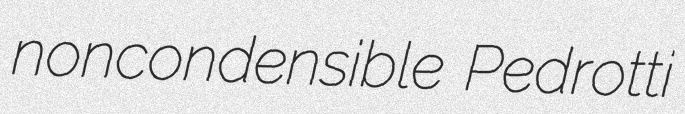
noncondensible Pedrotti